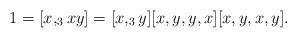
LaTeX: \begin{align*}1=[x,_3 xy]=[x,_3 y][x,y,y,x][x,y,x,y]. \end{align*}